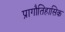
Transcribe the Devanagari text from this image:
प्रागौतिहासिक